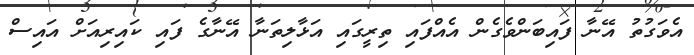
އެވަގުތު އޭނާ ފައިބަންވެގެން އެއްފައި ތިރީގައި އަޅާލިތަނާ އޭނާގެ ފައި ކައިރިއަށް އައިސް